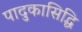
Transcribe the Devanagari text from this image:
पादुकासिद्धि